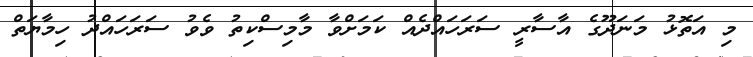
މި އަތޮޅު މަނަދޫގެ އާސާރީ ސަރަހައްދެއް ކަމަށްވާ މާމިސްކިތު ވެވު ސަރަހައްދު ހިމާޔަތް